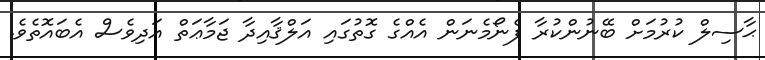
ޙާސިލް ކުރުމަށް ބޭނުންކުރާ ފެނޯމެނަން އެއްގެ ގޮތުގައި އަލްޤާއިދާ ޖަމާޢަތް އަދިވެސް އެބައޮތެވެ.